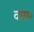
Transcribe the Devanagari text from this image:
वाय॰